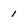
Character: 1